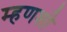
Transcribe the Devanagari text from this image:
म्हणशी